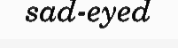
sad-eyed